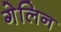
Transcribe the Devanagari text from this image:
गेलिन